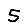
Digit: 5